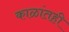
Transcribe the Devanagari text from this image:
काळांतही